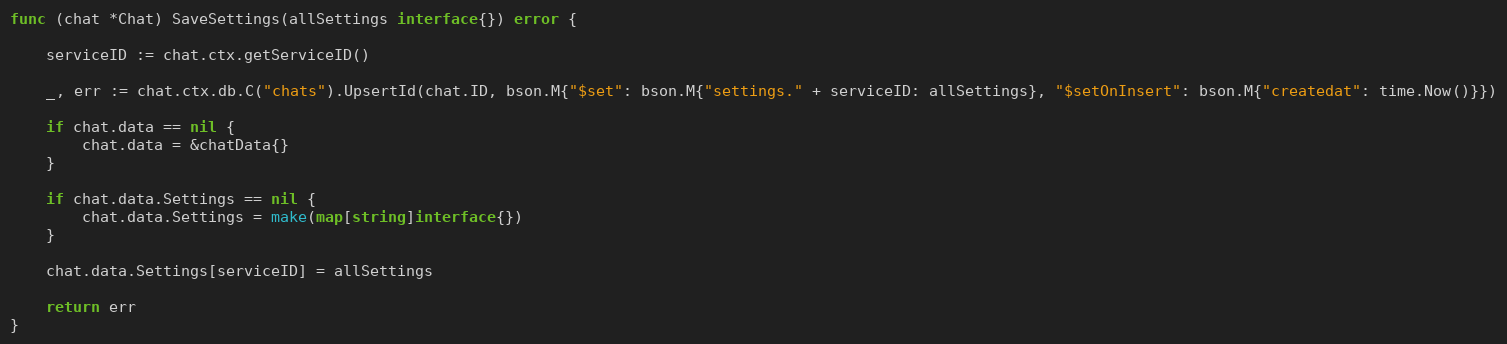
Language: Go
func (chat *Chat) SaveSettings(allSettings interface{}) error {

	serviceID := chat.ctx.getServiceID()

	_, err := chat.ctx.db.C("chats").UpsertId(chat.ID, bson.M{"$set": bson.M{"settings." + serviceID: allSettings}, "$setOnInsert": bson.M{"createdat": time.Now()}})

	if chat.data == nil {
		chat.data = &chatData{}
	}

	if chat.data.Settings == nil {
		chat.data.Settings = make(map[string]interface{})
	}

	chat.data.Settings[serviceID] = allSettings

	return err
}